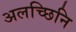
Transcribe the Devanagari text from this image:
अलच्छिनि